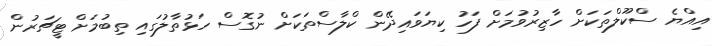
އިއްޔެ ސްކޫލްތަކަށް ހާޒިރުވުމަށް ފަހު ކިޔަވައިދޭން ކްލާސްތަކަށް ނުގޮސް ހަޅުތާލުގައި ތިބުމަށް ޓީޗަރުން